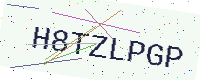
Text: H8TZLPGP